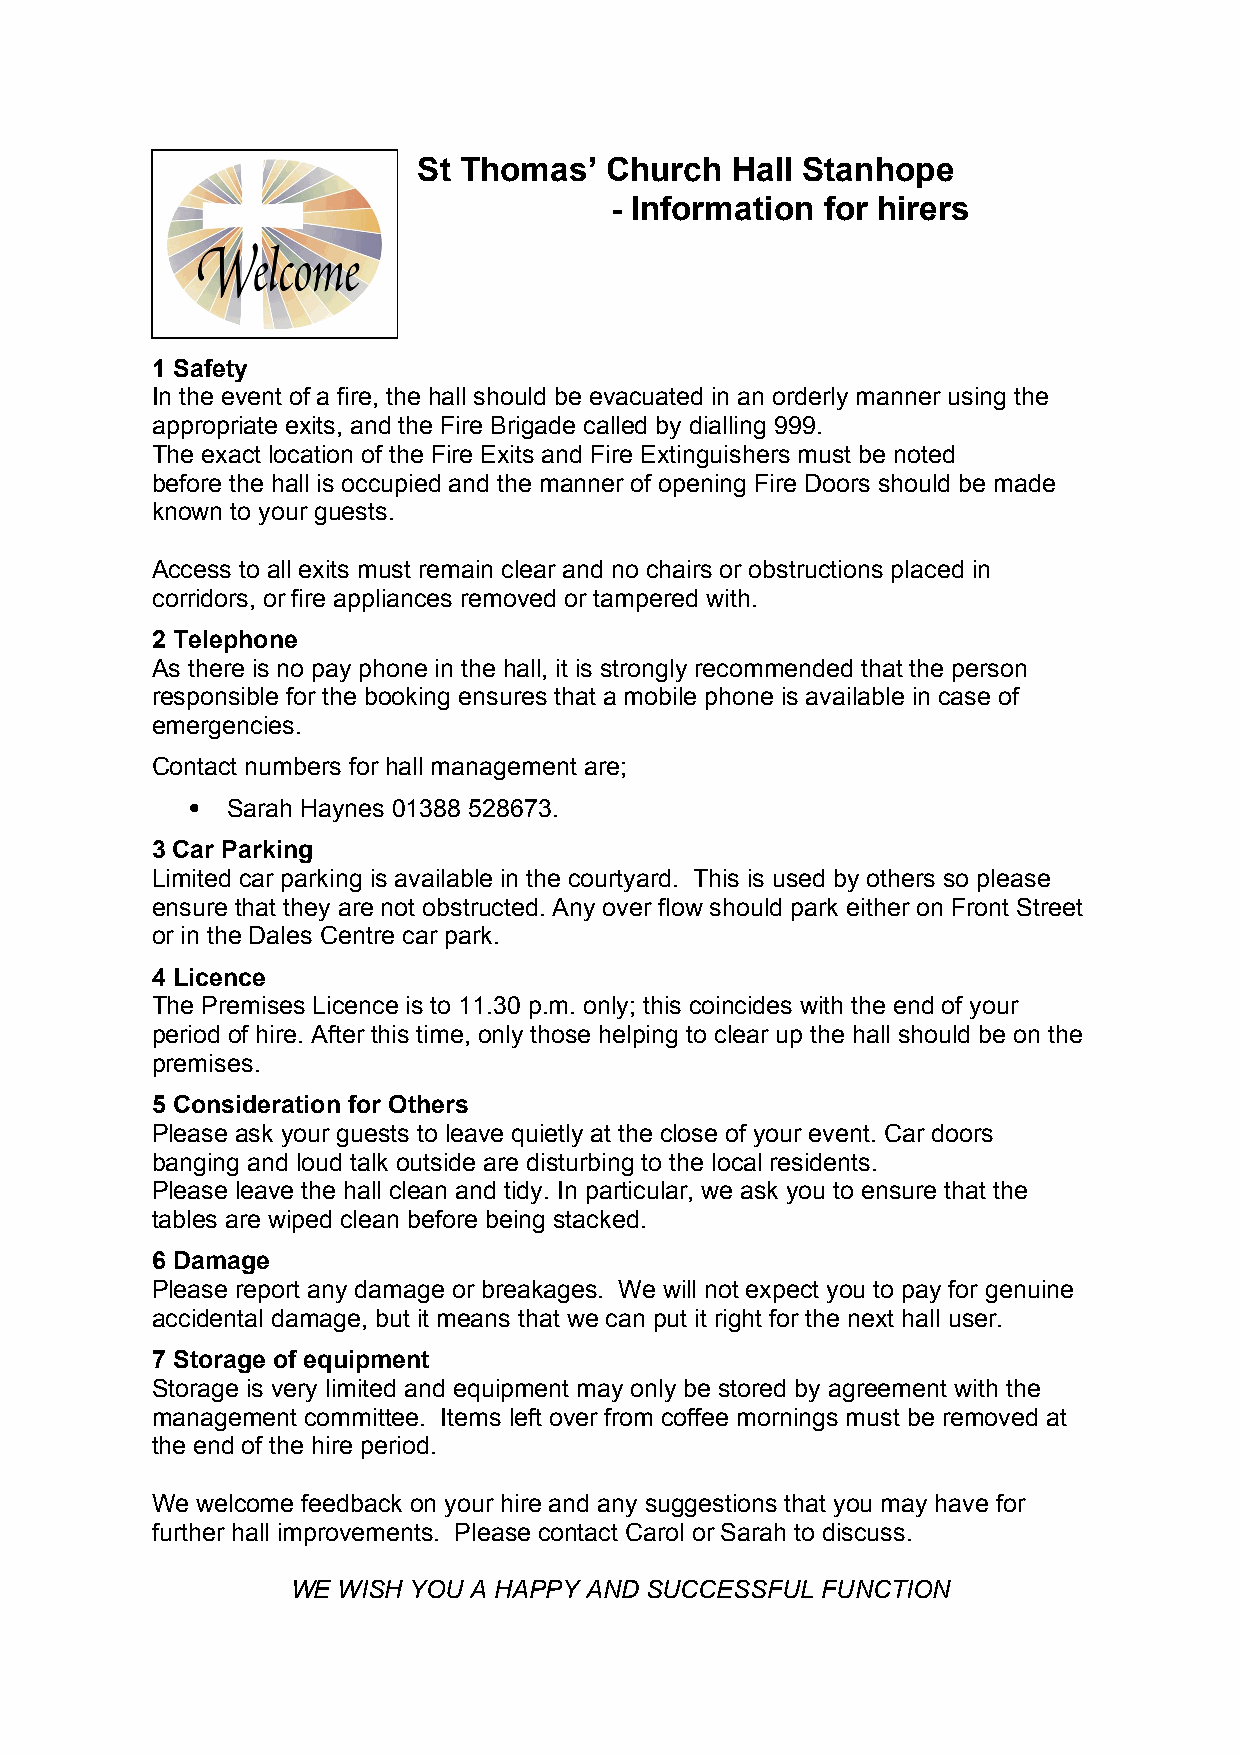
St Thomas’  Church  Hall Stanhope
 - Information  for hirers
 1 Safety
 In the event of a fire, the hall should be evacuated in an orderly manner using the
 appropriate exits, and the Fire Brigade called by dialling 999.
 The exact location of the Fire Exits and Fire Extinguishers must be noted
 before the hall is occupied and the manner of opening Fire Doors should be made
 known to your guests.
 Access to all exits must remain clear and no chairs or obstructions placed in
 corridors, or fire appliances removed or tampered with.
 2 Telephone
 As there is no pay phone in the hall, it is strongly recommended that the person
 responsible for the booking ensures that a mobile phone is available in case of
 emergencies.
 Contact numbers for hall management are;
  Sarah Haynes 01388 528673.
 3 Car Parking
 Limited car parking is available in the courtyard. This is used by others so please
 ensure that they are not obstructed. Any over flow should park either on Front Street
 or in the Dales Centre car park.
 4 Licence
 The Premises Licence is to 11.30 p.m. only; this coincides with the end of your
 period of hire. After this time, only those helping to clear up the hall should be on the
 premises.
 5 Consideration for Others
 Please ask your guests to leave quietly at the close of your event. Car doors
 banging and loud talk outside are disturbing to the local residents.
 Please leave the hall clean and tidy. In particular, we ask you to ensure that the
 tables are wiped clean before being stacked.
 6 Damage
 Please report any damage or breakages. We will not expect you to pay for genuine
 accidental damage, but it means that we can put it right for the next hall user.
 7 Storage of equipment
 Storage is very limited and equipment may only be stored by agreement with the
 management committee. Items left over from coffee mornings must be removed at
 the end of the hire period.
 We welcome feedback on your hire and any suggestions that you may have for
 further hall improvements. Please contact Carol or Sarah to discuss.
 WE WISH YOU A HAPPY AND SUCCESSFUL FUNCTION